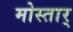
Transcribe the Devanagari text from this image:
मोस्तार्